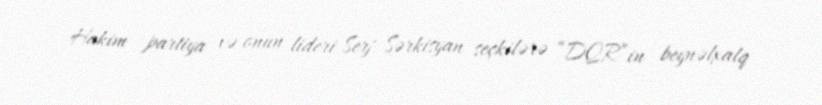
Hakim partiya və onun lideri Serj Sərkisyan seçkilərə “DQR”in beynəlxalq